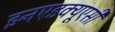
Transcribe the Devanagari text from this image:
इनएडक्यूएसी